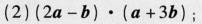
(2)$$( 2 a - b ) \cdot ( a + 3 b )$$;